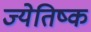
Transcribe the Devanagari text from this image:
ज्येतिष्क